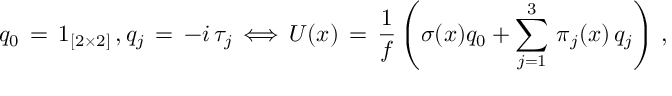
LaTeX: q _ { 0 } \, = \, 1 _ { [ 2 \times 2 ] } \, , q _ { j } \, = \, - i \, \tau _ { j } \, \Longleftrightarrow \, U ( x ) \, = \, { \frac { 1 } { f } } \left( \sigma ( x ) q _ { 0 } + \sum _ { j = 1 } ^ { 3 } \, \pi _ { j } ( x ) \, q _ { j } \right) \, ,